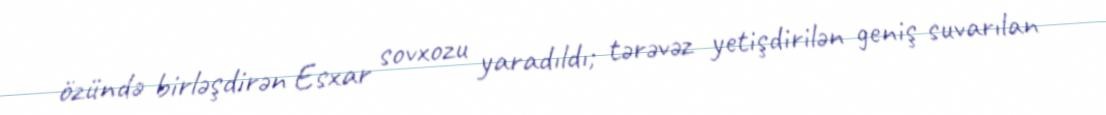
özündə birləşdirən Esxar sovxozu yaradıldı; tərəvəz yetişdirilən geniş suvarılan